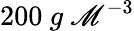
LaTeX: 200\ g\ \mathscr{M}^{-3}